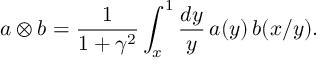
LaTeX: a \otimes b = \frac { 1 } { 1 + \gamma ^ { 2 } } \int _ { x } ^ { 1 } \frac { d y } { y } \, a ( y ) \, b ( x / y ) .